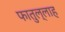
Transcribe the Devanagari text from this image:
फातुल्लाह